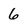
Character: 6